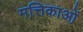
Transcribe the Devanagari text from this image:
मत्तिकाओं